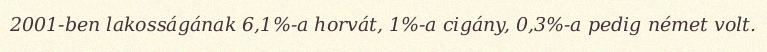
2001-ben lakosságának 6,1%-a horvát, 1%-a cigány, 0,3%-a pedig német volt.